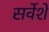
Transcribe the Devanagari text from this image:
सर्वेशे